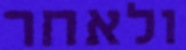
ולאחר